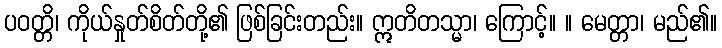
ပဝတ္တိ၊ ကိုယ်နှုတ်စိတ်တို့၏ ဖြစ်ခြင်းတည်း။ ဣတိတသ္မာ၊ ကြောင့်။ ။ မေတ္တာ၊ မည်၏။